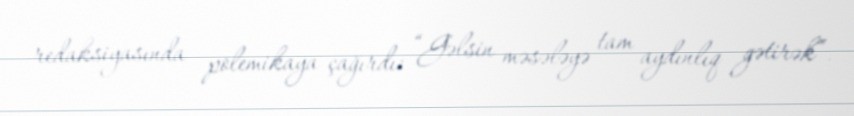
redaksiyasında polemikaya çağırdı: “Gəlsin məsələyə tam aydınlıq gətirək”.